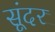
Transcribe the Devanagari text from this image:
सूंदर